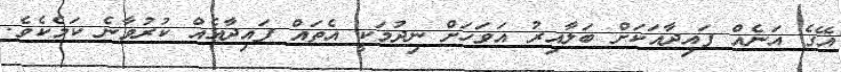
އޭގެ އަނެއް ފައިދާއަކަށް ބަލާއިރު އަވަހަށް ނިދުމަކީ އެތައް ފައިދާއެއް ކުރުވާނެ ކަމެކެވެ.